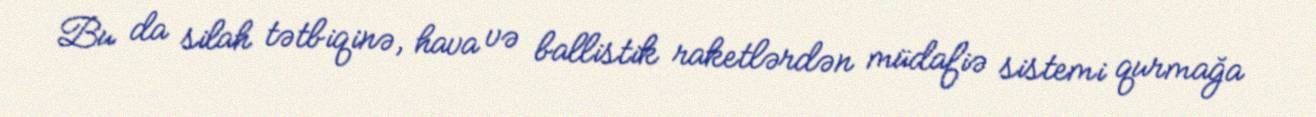
Bu da silah tətbiqinə, hava və ballistik raketlərdən müdafiə sistemi qurmağa